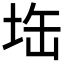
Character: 𭎘